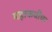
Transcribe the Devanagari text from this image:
महाकवींचा